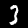
Label: 3